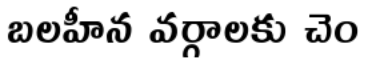
బలహీన వర్గాలకు చెం